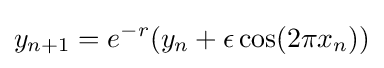
y_{n+1}=e^{-r}(y_{n}+\epsilon \cos(2\pi x_{n}))